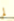
لم